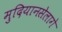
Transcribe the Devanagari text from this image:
मुदियानसेलागे